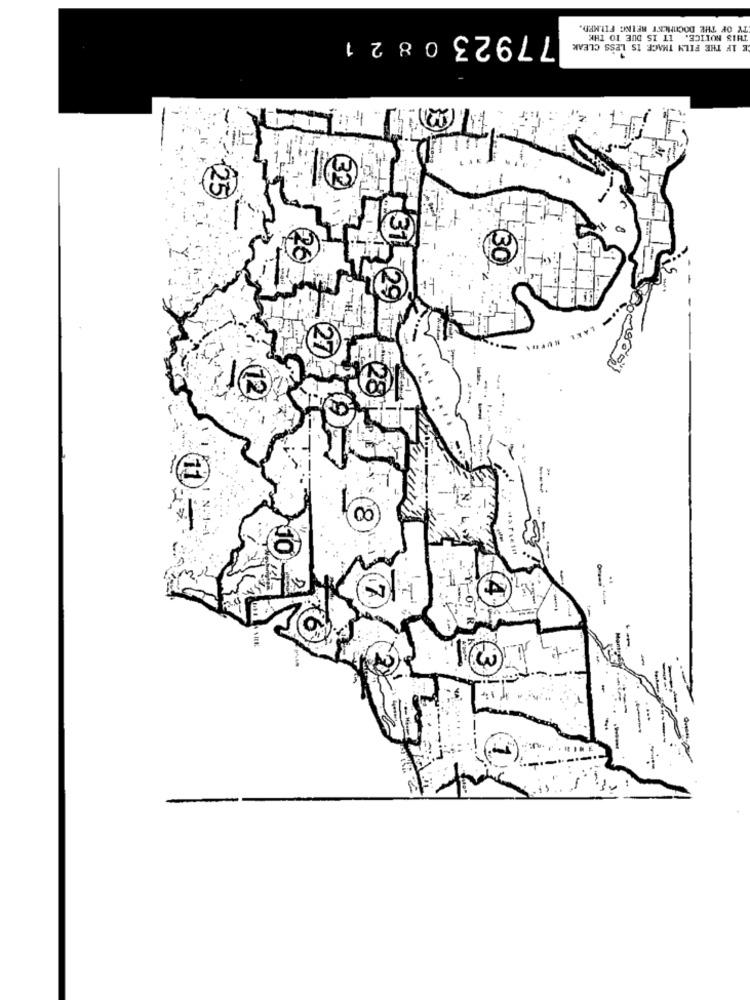
TY OF THE DOCUMENT BEING FILMED.
779230821
THIS NOTICE. IT IS DUE TO THE
E IF THE FILM THAGE IS LESS CLEAK
(00)
-
---